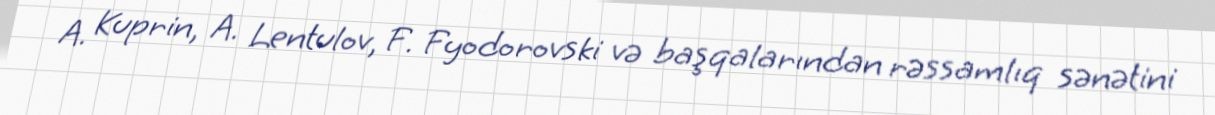
A. Kuprin, A. Lentulov, F. Fyodorovski və başqalarından rəssamlıq sənətini